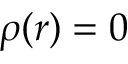
\rho ( r ) = 0